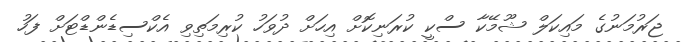
ޖަރުމަނުގެ މައިކަލް ޝޫމޭކާ ސްކީ ކުރަނިކޮށް އިހަށް ދުވަހު ކުރިމަތިވި އެކްސިޑެންޑްޓަށް ފަހު